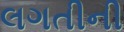
લગતીની